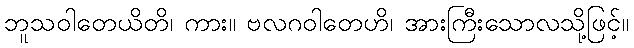
ဘူသဝါတေယိတိ၊ ကား။ ဗလဂဝါတေဟိ၊ အားကြီးသောလသို့ဖြင့်။